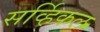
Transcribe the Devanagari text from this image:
सर्व्हिकल